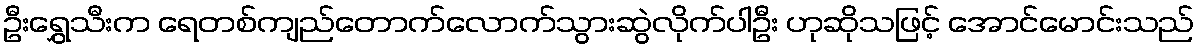
ဦးရွှေသီးက ရေတစ်ကျည်တောက်လောက်သွားဆွဲလိုက်ပါဦး ဟုဆိုသဖြင့် အောင်မောင်းသည်